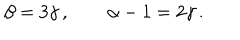
\beta = 3 \gamma \, , \qquad \alpha - 1 = 2 \gamma \, .